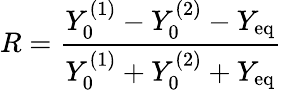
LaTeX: R=\frac{Y_{0}^{(1)}-Y_{0}^{(2)}-Y_{\mathrm{eq}}}{Y_{0}^{(1)}+Y_{0}^{(2)}+Y_{\mathrm{eq}}}